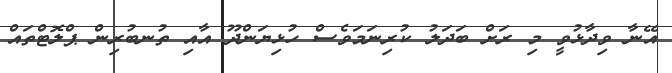
އޭނާ ވިދާޅުވީ މި ރަށް ބަދަލު ކުރިނަމަވެސް ހުޅިޔަންދޫ އާއި ތުނބުރިން ޕްލޮޓްތައް